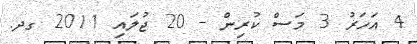
4 އަހަރު 3 މަސް ކުރިން - 20 ޖުލައި 2011 ގދ.